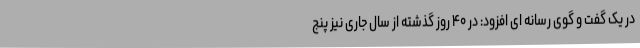
در یک گفت و گوی رسانه ای افزود: در ۴۰ روز گذشته از سال جاری نیز پنج